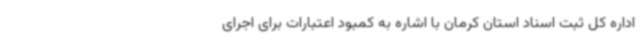
اداره کل ثبت اسناد استان کرمان با اشاره به کمبود اعتبارات برای اجرای